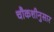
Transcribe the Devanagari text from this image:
चौकशीनुसार